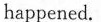
happened.